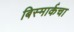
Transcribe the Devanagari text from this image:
बिस्मार्कचा